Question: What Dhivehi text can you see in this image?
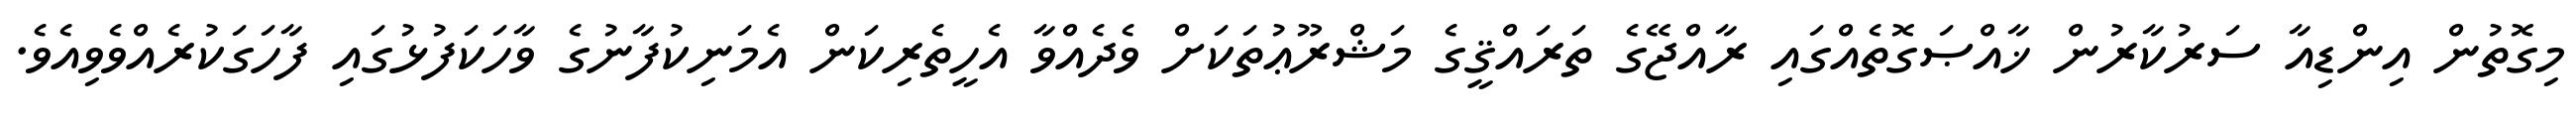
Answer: މިގޮތުން އިންޑިއާ ސަރުކާރުން ޚާއްޞަގޮތެއްގައި ރާއްޖޭގެ ތަރައްޤީގެ މަޝްރޫޢުތަކަށް ވެދެއްވާ އެހީތެރިކަން އެމަނިކުފާނުގެ ވާހަކަފުޅުގައި ފާހަގަކުރެއްވެވިއެވެ.